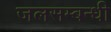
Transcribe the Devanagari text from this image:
जलसम्बन्धी